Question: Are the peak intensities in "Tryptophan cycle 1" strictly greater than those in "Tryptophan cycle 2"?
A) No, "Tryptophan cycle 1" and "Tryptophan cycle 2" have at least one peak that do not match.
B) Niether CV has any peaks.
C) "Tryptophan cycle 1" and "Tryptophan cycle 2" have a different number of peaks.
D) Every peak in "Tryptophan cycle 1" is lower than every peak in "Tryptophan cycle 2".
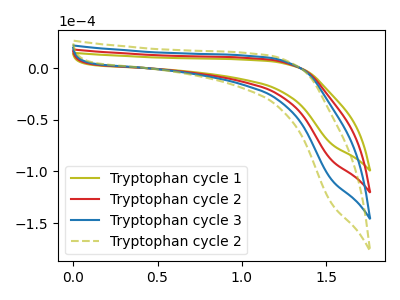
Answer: <think>The olive curve "Tryptophan cycle 1" has no peaks. The red curve "Tryptophan cycle 2" has no peaks. The blue curve "Tryptophan cycle 3" has no peaks. The olive dashed curve "Tryptophan cycle 2" has no peaks.</think>
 <answer>B) Niether CV has any peaks.</answer>
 <eval>B</eval>